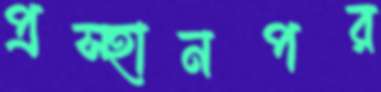
প্রস্হানপর